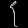
Digit: ၄